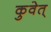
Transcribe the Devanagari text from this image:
कुवेत्